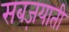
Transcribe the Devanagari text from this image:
सबज़याती